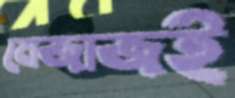
মেজাজই